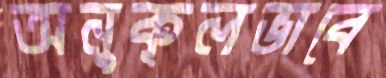
অনুকূলভাবে